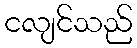
ငလျင်သည်